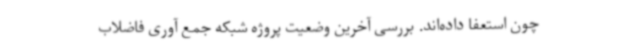
چون استعفا داده‌اند. بررسی آخرین وضعیت پروژه شبکه جمع آوری فاضلاب